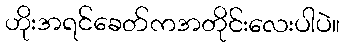
ဟိုးအရင်ခေတ်ကအတိုင်းလေးပါပဲ။